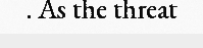
. As the threat